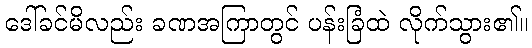
ဒေါ်ခင်မိလည်း ခဏအကြာတွင် ပန်းခြံထဲ လိုက်သွား၏။